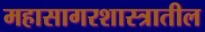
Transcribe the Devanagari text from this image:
महासागरशास्त्रातील